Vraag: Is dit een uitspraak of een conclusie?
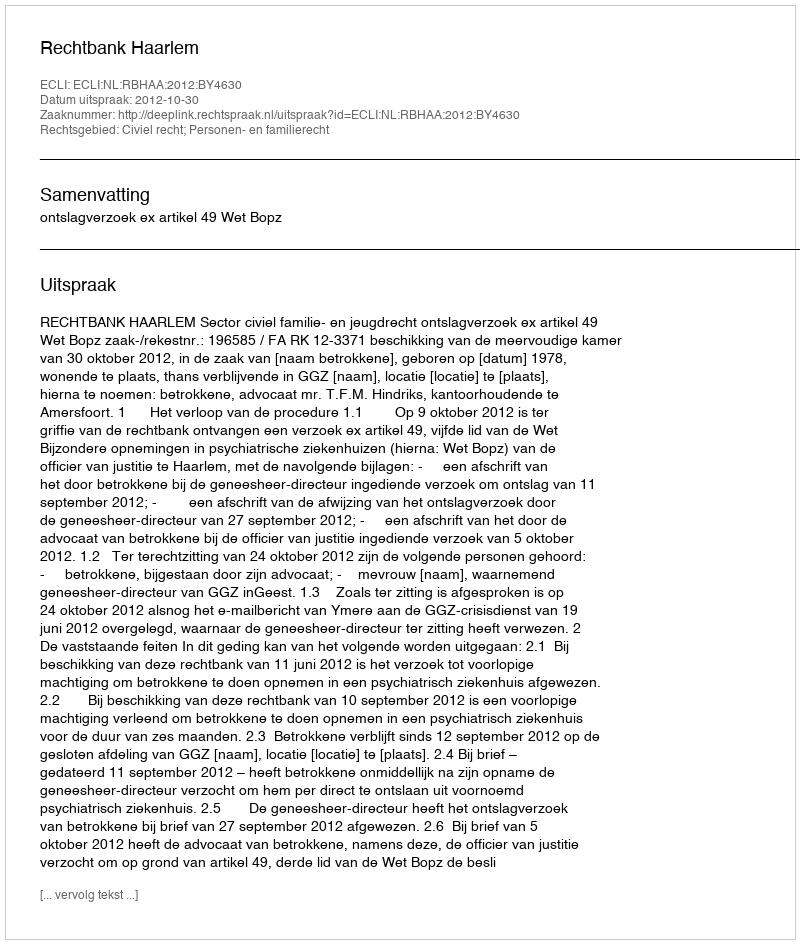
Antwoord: Uitspraak